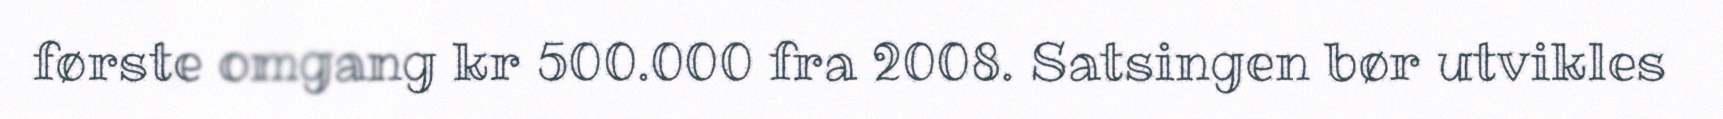
første omgang kr 500.000 fra 2008. Satsingen bør utvikles